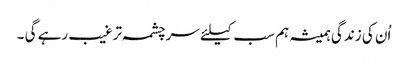
اُن کی زندگی ہمیشہ ہم سب کیلئے سرچشمہ ترغیب رہے گی ۔